Vaccination in Bombay 1856-1862 - 1856-1862
Year: 1856
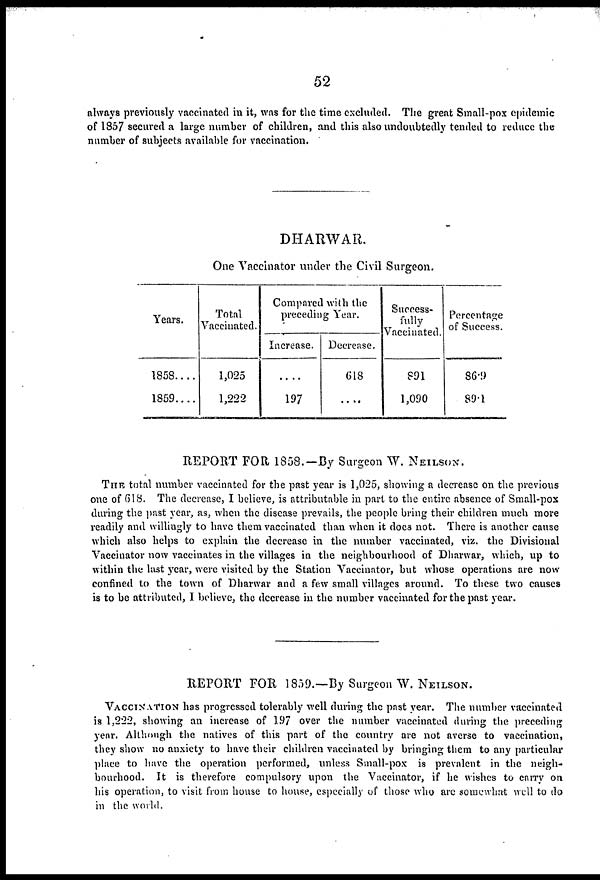
52
always previously vaccinated in it, was for the time excluded. The great Small-pox epidemic
of 1857 secured a large number of children, and this also undoubtedly tended to reduce the
number of subjects available for vaccination.
DHARWAR.
One Vaccinator under the Civil Surgeon.
Years.
1858....
1859....
Total
Vaccinated.
1,025
1,222
Compared with the
preceding Year.
Increase.
....
197
Decrease.
618
....
Success-
fully
Vaccinated.
891
1,090
Percentage
of Success.
86.9
89.1
REPORT FOR 1858.—By Surgeon W. NEILSON.
THE total number vaccinated for the past year is 1,025, showing a decrease on the previous
one of 618. The decrease, I believe, is attributable in part to the entire absence of Small-pox
during the past year, as, when the disease prevails, the people bring their children much more
readily and willingly to have them vaccinated than when it docs not. There is another cause
which also helps to explain the decrease in the number vaccinated, viz. the Divisional
Vaccinator now vaccinates in the villages in the neighbourhood of Dharwar, which, up to
within the last year, were visited by the Station Vaccinator, but whose operations are now
confined to the town of Dharwar and a few small villages around. To these two causes
is to be attributed, I believe, the decrease in the number vaccinated for the past year.
REPORT FOR 1859.—By Surgeon W. NEILSON.
VACCINATION has progressed tolerably well during the past year. The number vaccinated
is 1,222, showing an increase of 197 over the number vaccinated during the preceding
year. Although the natives of this part of the country are not averse to vaccination,
they show no anxiety to have their children vaccinated by bringing them to any particular
place to have the operation performed, unless Small-pox is prevalent in the neigh-
bourhood. It is therefore compulsory upon the Vaccinator, if he wishes to carry on
his operation, to visit from house to house, especially of those who are somewhat well to do
in the world.